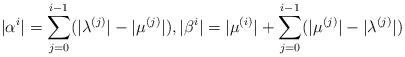
LaTeX: \begin{align*}|\alpha^i|=\sum_{j=0}^{i-1} (|\lambda^{(j)}|-|\mu^{(j)}|), |\beta^i|=|\mu^{(i)}|+\sum_{j=0}^{i-1} (|\mu^{(j)}|-|\lambda^{(j)}|)\end{align*}